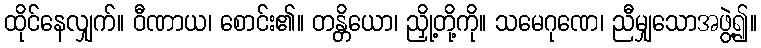
ထိုင်နေလျှက်။ ဝီဏာယ၊ စောင်း၏။ တန္တိယော၊ ညှို့တို့ကို။ သမေဂုဏေ၊ ညီမျှသောအဖွဲ့၍။